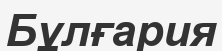
Бұлғария